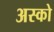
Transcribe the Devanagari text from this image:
अस्को